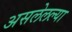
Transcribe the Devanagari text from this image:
असलेलल्या